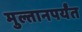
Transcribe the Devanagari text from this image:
मुल्तानपर्यंत